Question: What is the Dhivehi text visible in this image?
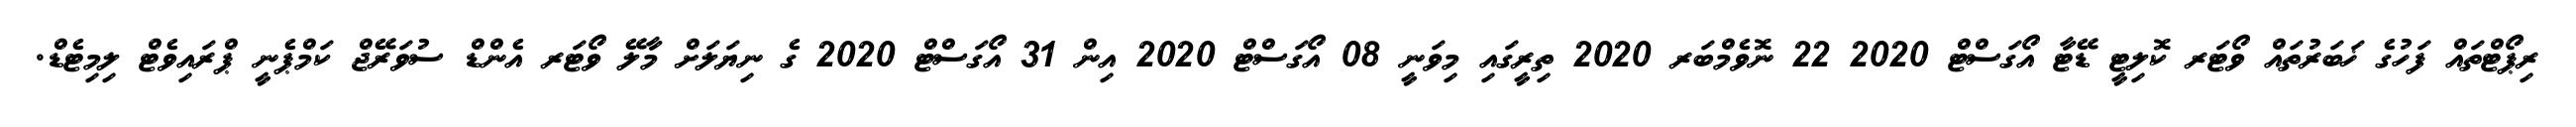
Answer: ރިޕޯޓްތައް ފަހުގެ ޚަބަރުތައް ވޯޓަރ ކޮލިޓީ ޑޭޓާ އޯގަސްޓް 2020 22 ނޮވެމްބަރ 2020 ތިރީގައި މިވަނީ 08 އޯގަސްޓް 2020 އިން 31 އޯގަސްޓް 2020 ގެ ނިޔަލަށް މާލޭ ވޯޓަރ އެންޑް ސުވަރޭޖް ކަމްޕެނީ ޕްރައިވެޓް ލިމިޓެޑް.